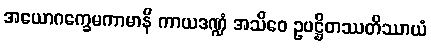
အယောဂက္ခေမကာမာနိ ကာယဒဏ္ဍံ အသိဝေ ဥပဋ္ဌိတဿတိဿာယံ